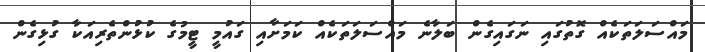
މައްސަލަތަކެއް ގޮތުގައި ނަގައިގެން ބަލާނެ މައްސަލަތަކެއް ކަމަށާއި ގައުމީ ޓީމުގެ ކުޅުންތެރިއަކާ ގުޅިގެން